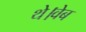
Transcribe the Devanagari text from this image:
थे।वेब